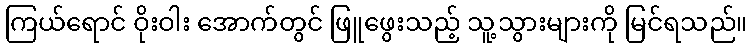
ကြယ်ရောင် ဝိုးဝါး အောက်တွင် ဖြူဖွေးသည့် သူ့သွားများကို မြင်ရသည်။